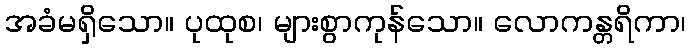
အခံမရှိသော။ ပုထုစ၊ များစွာကုန်သော။ လောကန္တရိကာ၊